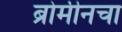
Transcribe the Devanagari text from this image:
ब्रोमीनचा